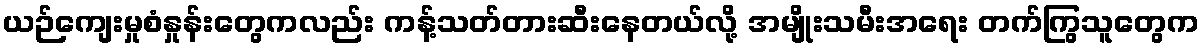
ယဉ်ကျေးမှုစံနှုန်းတွေကလည်း ကန့်သတ်တားဆီးနေတယ်လို့ အမျိုးသမီးအရေး တက်ကြွသူတွေက